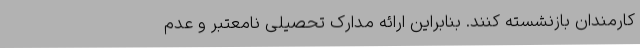
کارمندان بازنشسته کنند. بنابراین ارائه مدارک تحصیلی نامعتبر و عدم